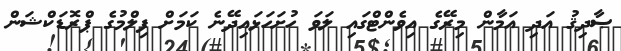
ޞާދިޤު އަދި އަމާން މިރޭގެ އިވެންޓްގައި ލަވަ ހުށަހަޅައިދޭނެ ކަމަށް ފިލްމުގެ ޕްރޮޑަކްޝަން